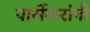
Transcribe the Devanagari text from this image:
पार्सेकरांंनी